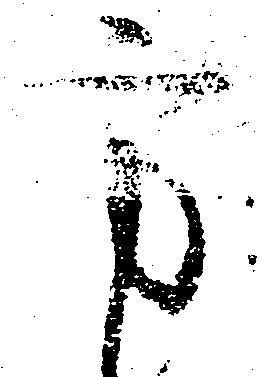
方